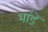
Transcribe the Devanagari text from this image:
भांडें